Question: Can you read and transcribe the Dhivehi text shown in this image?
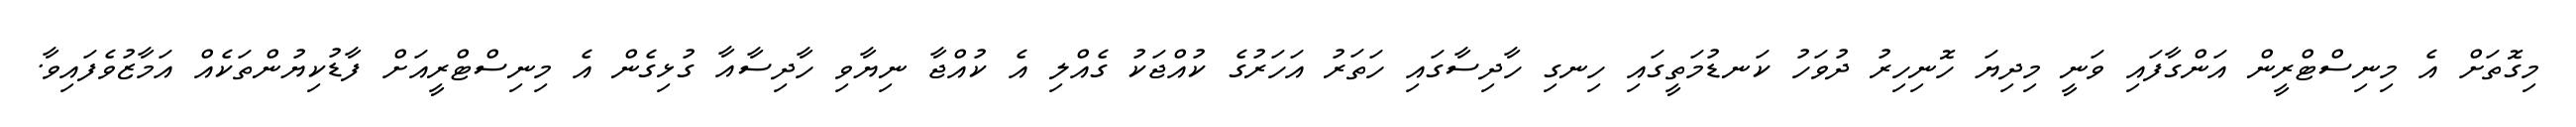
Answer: މިގޮތަށް އެ މިނިސްޓްރީން އަންގާފައި ވަނީ މިދިޔަ ހޮނިހިރު ދުވަހު ކަނޑުމަތީގައި ހިނގި ހާދިސާގައި ހަތަރު އަހަރުގެ ކުއްޖަކު ގެއްލި އެ ކުއްޖާ ނިޔާވި ހާދިސާއާ ގުޅިގެން އެ މިނިސްޓްރީއަށް ފާޑުކިޔުންތަކެއް އަމާޒުވެފައިވާ.